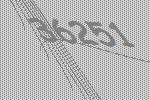
36251